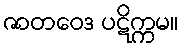
ဇာတဝေဒ ပဋိက္ကမ။